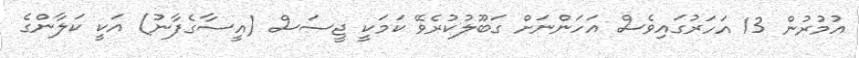
އުމުރުން 13 އަހަރުގައިވެސް އަހަންނަށް ގަބޫލުކުރެވޭ ކަމަކީ ޖީސަސް (އީސާގެފާނު) އަކީ ކަލާންގެ